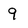
Character: 9